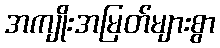
အကျိုးအမြတ်များစွာ